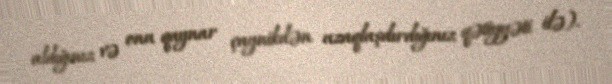
aldığınız və onu qaynar çaynikdən uzaqlaşdırdığınız qətiyyəti ilə).